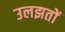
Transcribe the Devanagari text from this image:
उलझतों